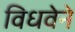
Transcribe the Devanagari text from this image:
विधवेने